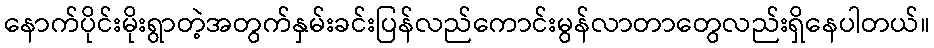
နောက်ပိုင်းမိုးရွာတဲ့အတွက်နှမ်းခင်းပြန်လည်ကောင်းမွန်လာတာတွေလည်းရှိနေပါတယ်။